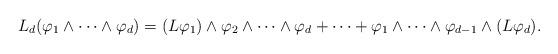
LaTeX: \begin{align*}L_d(\varphi_1\wedge\cdots\wedge\varphi_d)=(L\varphi_1)\wedge\varphi_2\wedge\cdots\wedge\varphi_d+\cdots+\varphi_1\wedge\cdots\wedge\varphi_{d-1}\wedge(L\varphi_d).\end{align*}